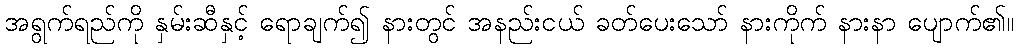
အရွက်ရည်ကို နှမ်းဆီနှင့် ရောချက်၍ နားတွင် အနည်းငယ် ခတ်ပေးသော် နားကိုက် နားနာ ပျောက်၏။